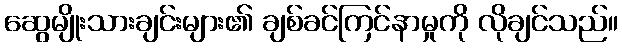
ဆွေမျိုးသားချင်းများ၏ ချစ်ခင်ကြင်နာမှုကို လိုချင်သည်။